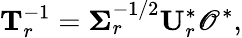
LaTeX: \mathbf{T}_{r}^{-1}=\boldsymbol{\Sigma}_{r}^{-1/2}\mathbf{U}_{r}^{*}\mathscr{O}^{*},